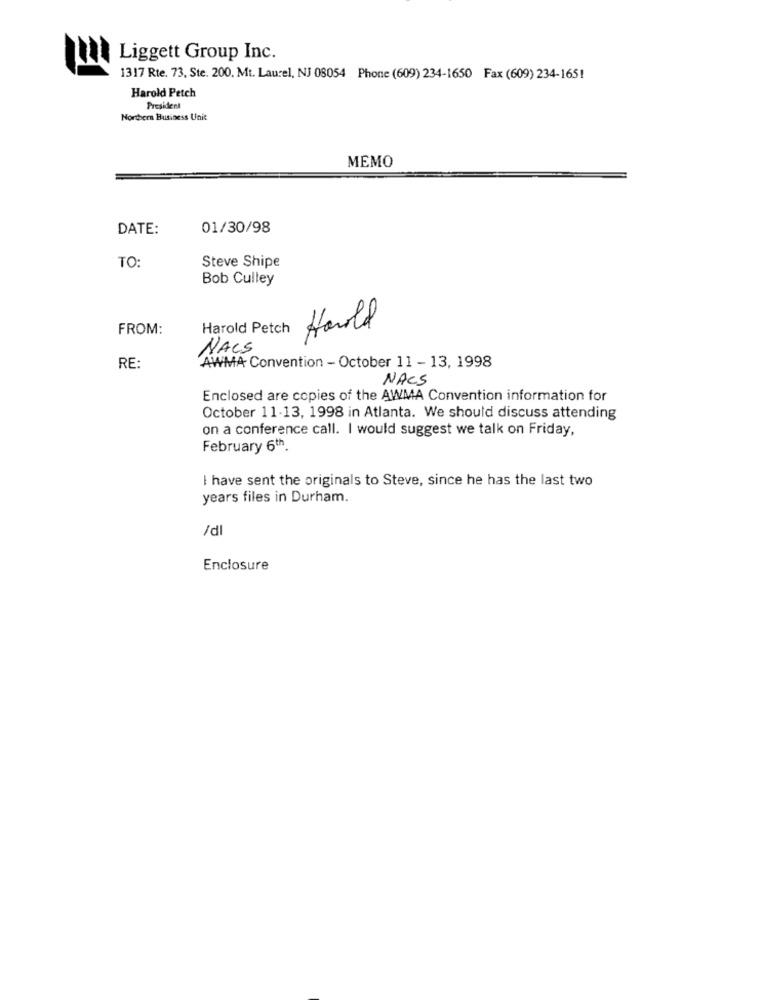
Liggett Group Inc.
1317 Rte. 73. Ste. 200. Mt. Laurel, NJ 08054 Phone (609) 234-1650 Fax (609) 234-165!
Harold Petch
President
Northern Business Unit
MEMO
DATE:
01/30/98
TO:
Steve Shipe
Bob Culley
FROM:
Harold Petch Harold
NACS
RE:
AWMA Convention - October 11 - 13, 1998
NACS
Enclosed are copies of the AWMA Convention information for
October 11-13, 1998 in Atlanta. We should discuss attending
on a conference call. I would suggest we talk on Friday,
February 6th
I have sent the originals to Steve, since he has the last two
years files in Durham.
/dl
Enclosure